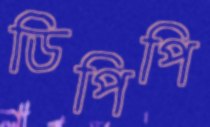
ডিপিপি